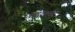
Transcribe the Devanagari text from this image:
वहावलपुर